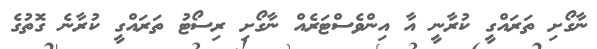
ނާގޯށި ތަރައްގީ ކުރާނީ އާ އިންވެސްޓަރެއް ނާގޯށި ރިސޯޓު ތަރައްގީ ކުރާނެ ގޮތުގެ